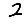
Digit: 2